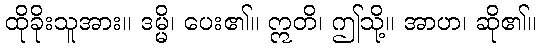
ထိုခိုးသူအား။ ဒမ္မိ၊ ပေး၏။ ဣတိ၊ ဤသို့။ အာဟ၊ ဆို၏။